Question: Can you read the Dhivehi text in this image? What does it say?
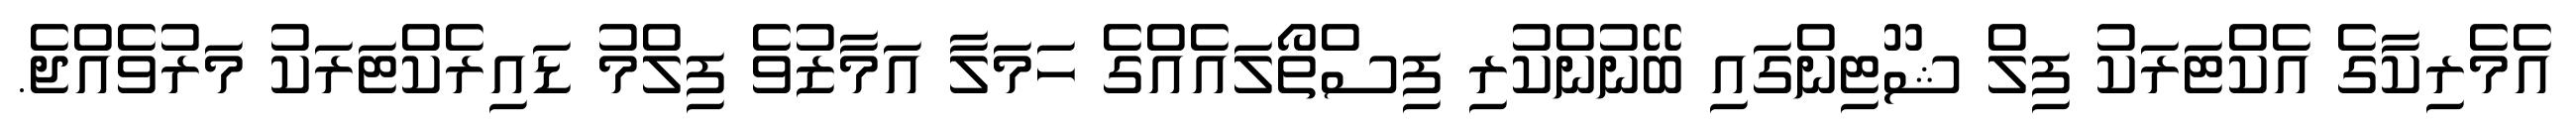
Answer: އެމެރިކާގެ އެކްޓަރަކު ފިލް ޝޫޓިންގައި ބޭނުންކުރި ފިސްތޯލައެއްގެ ހަމަލާ އަމާޒުވެ ފިލްމު ޑައިރެކްޓަރަކު މަރުވެއްޖެ.